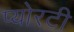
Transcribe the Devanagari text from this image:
प्योरटी